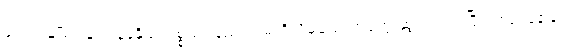
အောင်မျိုးသန့်က နန်နိုဒြပ်ပစ္စည်း နည်းလမ်းရှိလိမ့်မည် တံတွေးဆွတ်လိုက်ပြီး ကြည့်နေခြင်း